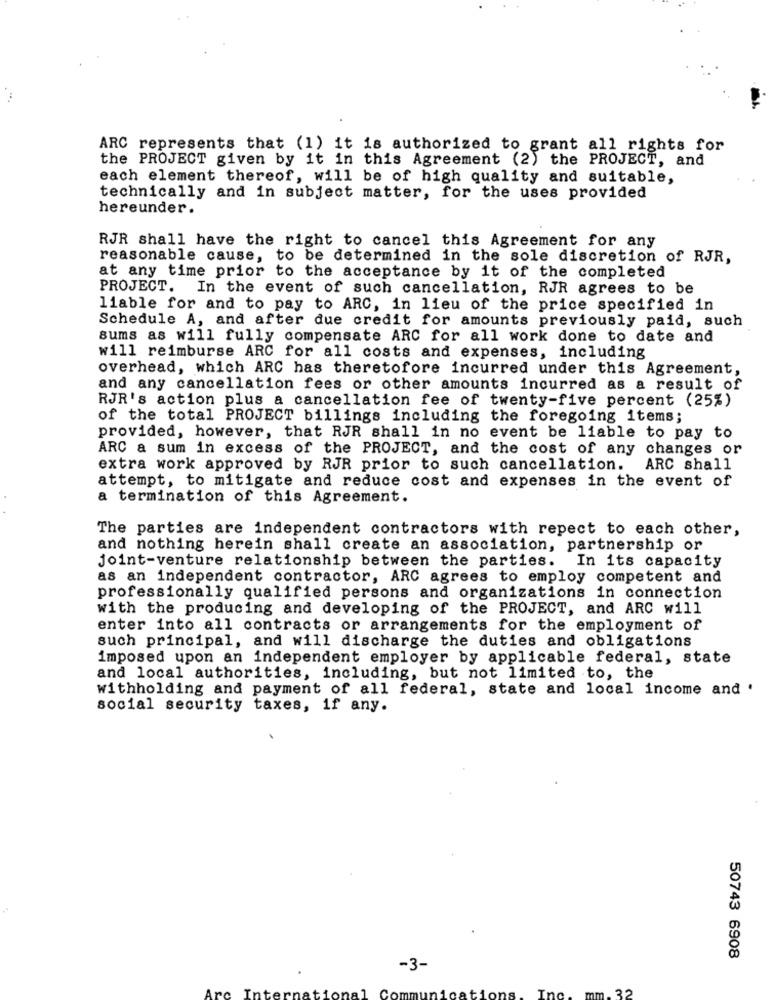
ARC represents that (1) it is authorized to grant all rights for
the PROJECT given by it in this Agreement (2) the PROJECT, and
each element thereof, will be of high quality and suitable,
technically and in subject matter, for the uses provided
hereunder.
RJR shall have the right to cancel this Agreement for any
reasonable cause, to be determined in the sole discretion of RJR,
at any time prior to the acceptance by it of the completed
PROJECT. In the event of such cancellation, RJR agrees to be
liable for and to pay to ARC, in lieu of the price specified in
Schedule A, and after due credit for amounts previously paid, such
sums as will fully compensate ARC for all work done to date and
will reimburse ARC for all costs and expenses, including
overhead, which ARC has theretofore incurred under this Agreement,
and any cancellation fees or other amounts incurred as a result of
RJR's action plus a cancellation fee of twenty-five percent (25%)
of the total PROJECT billings including the foregoing items;
provided, however, that RJR shall in no event be liable to pay to
ARC a sum in excess of the PROJECT, and the cost of any changes or
extra work approved by RJR prior to such cancellation.
ARC shall
attempt, to mitigate and reduce cost and expenses in the event of
a termination of this Agreement.
The parties are independent contractors with repect to each other,
and nothing herein shall create an association, partnership or
joint-venture relationship between the parties. In its capacity
as an independent contractor, ARC agrees to employ competent and
professionally qualified persons and organizations in connection
with the producing and developing of the PROJECT, and ARC will
enter into all contracts or arrangements for the employment of
such principal, and will discharge the duties and obligations
imposed upon an independent employer by applicable federal, state
and local authorities, including, but not limited to, the
withholding and payment of all federal, state and local income and .
social security taxes, if any.
50743 6908
-3-
Arc
nations
Tne
mm. 32
Inter
Comm